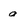
Character: a